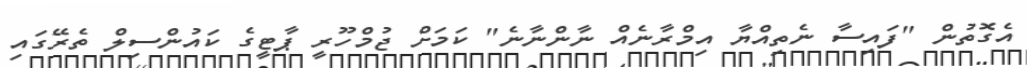
އެގޮތުން "ފައިސާ ނެތިއްޔާ އިމްރާނެއް ނާންނާނެ" ކަމަށް ޖުމްހޫރީ ޕާޓީގެ ކައުންސިލް ތެރޭގައި